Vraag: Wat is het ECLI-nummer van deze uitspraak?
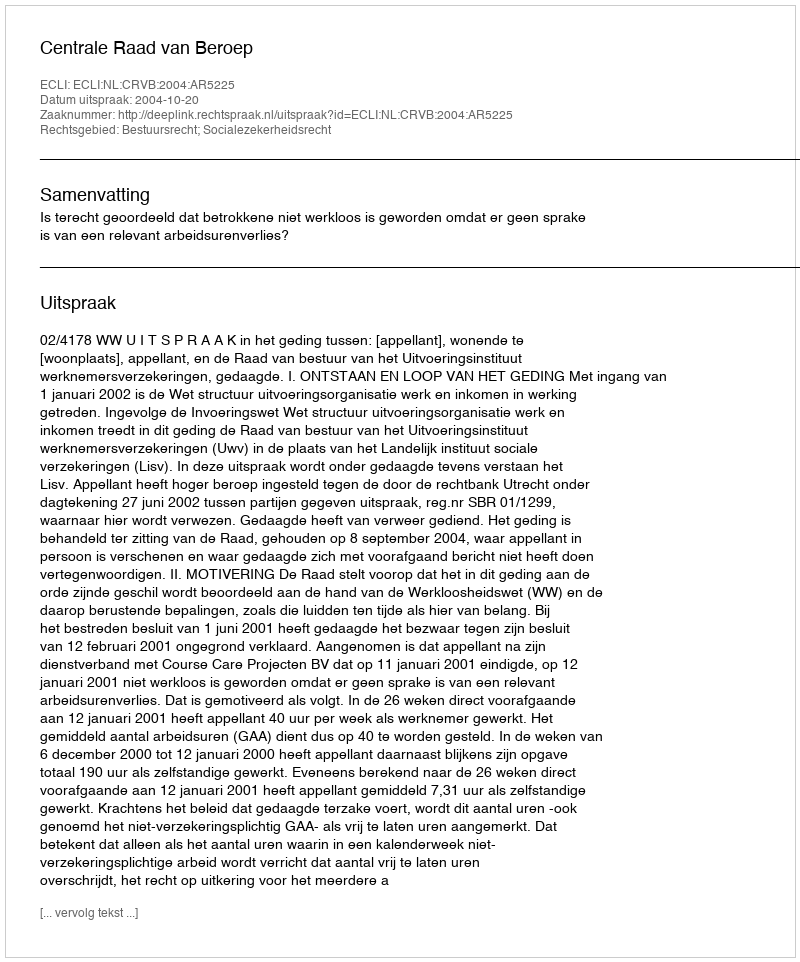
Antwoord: ECLI:NL:CRVB:2004:AR5225